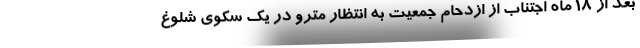
بعد از ۱۸ ماه اجتناب از ازدحام جمعیت به انتظار مترو در یک سکوی شلوغ